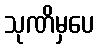
သုဏိမှပေ